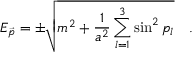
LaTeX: E _ { \vec { p } } = \pm \sqrt { m ^ { 2 } + \frac { 1 } { a ^ { 2 } } \sum _ { l = 1 } ^ { 3 } \sin ^ { 2 } p _ { l } } \quad .